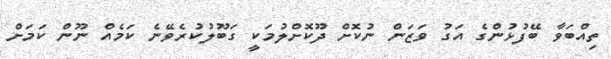
ތިއްބަވާ ބޭފުޅުންގެ އަގު ވަޒަން ނުކޮށް ދޫކޮށްލުމަކީ ގަބޫލުކުރެވޭނެ ކަމެއް ނޫން ކަމަށް